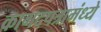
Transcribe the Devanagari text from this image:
कागदपत्रामंध्ये